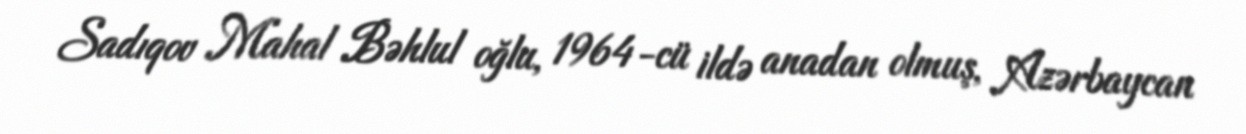
Sadıqov Mahal Bəhlul oğlu, 1964-cü ildə anadan olmuş, Azərbaycan